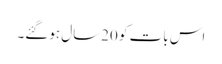
اس بات کو 20سال ہوگئے۔